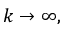
k \to \infty ,